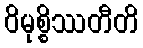
ဝိမုစ္စိဿတီတိ